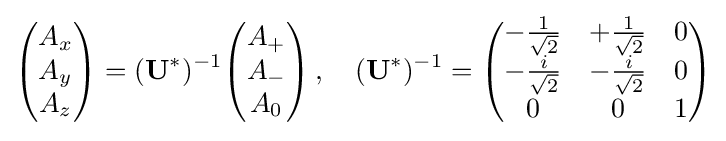
{\begin{pmatrix}A_{x}\\A_{y}\\A_{z}\end{pmatrix}}=(\mathbf {U} ^{\mathrm {*} })^{-1}{\begin{pmatrix}A_{+}\\A_{-}\\A_{0}\end{pmatrix}}\,,\quad (\mathbf {U} ^{\mathrm {*} })^{-1}={\begin{pmatrix}-{\frac {1}{\sqrt {2}}}&+{\frac {1}{\sqrt {2}}}&0\\-{\frac {i}{\sqrt {2}}}&-{\frac {i}{\sqrt {2}}}&0\\0&0&1\end{pmatrix}}